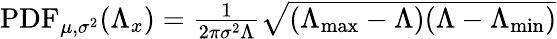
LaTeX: \begin{array}{r}{\mathrm{PDF}_{\mu,\sigma^{2}}(\Lambda_{x})=\frac{1}{2\pi\sigma^{2}\Lambda}\sqrt{(\Lambda_{\operatorname*{max}}-\Lambda)(\Lambda-\Lambda_{\operatorname*{min}})}}\end{array}